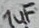
Text: 1uF